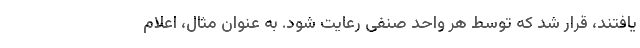
یافتند، قرار شد که توسط هر واحد صنفی رعایت شود. به عنوان مثال، اعلام